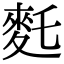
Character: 𪌂